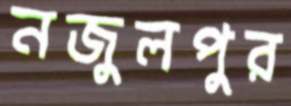
নজুলপুর